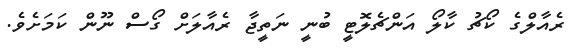
ރެއާލްގެ ކޯޗު ކާލޯ އަންޗެލޮޓީ ބުނީ ނަތީޖާ ރެއާލަށް ގޯސް ނޫން ކަމަށެވެ.